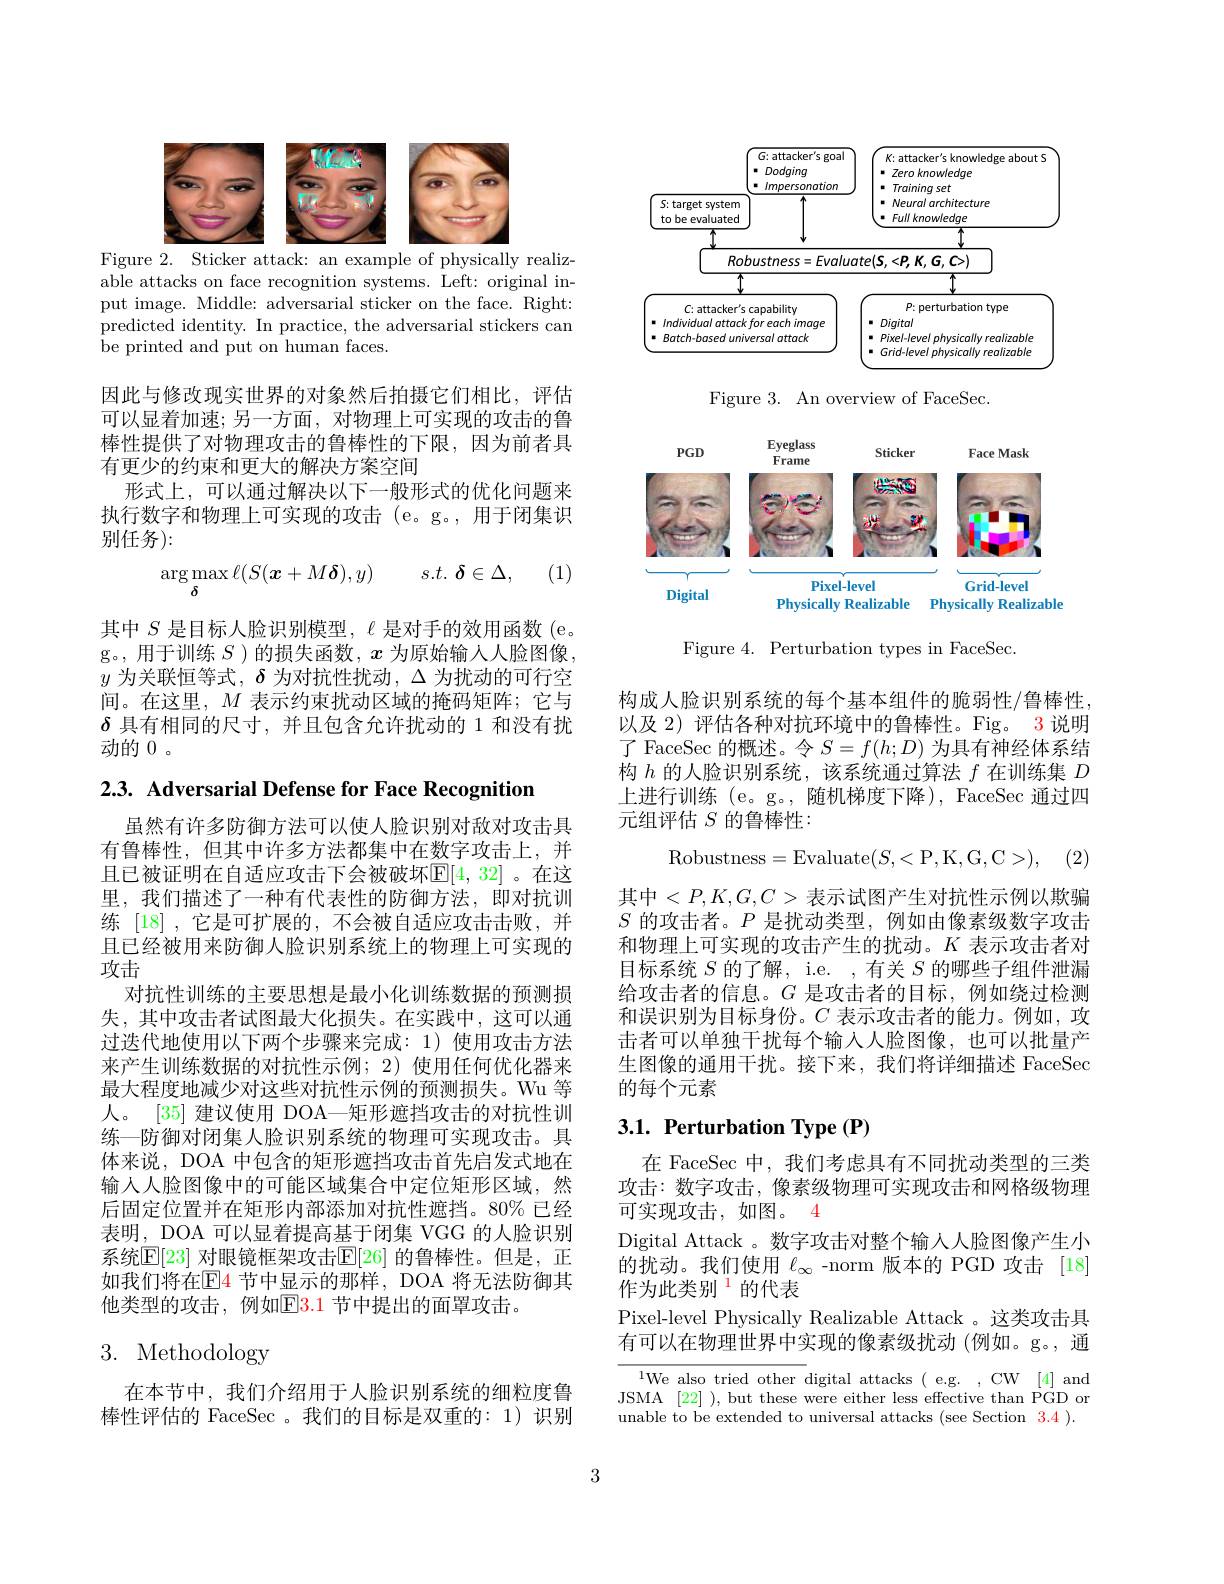
<FigureHere>
Figure 2. Sticker attack: an example of physically realiz-

able attacks on face recognition systems. Left: original input image. Middle: adversarial sticker on the face. Right: predicted identity. In practice, the adversarial stickers can be printed and put on human faces.

因此与修改现实世界的对象然后拍摄它们相比，评估可以显着加速；另一方面，对物理上可实现的攻击的鲁棒性提供了对物理攻击的鲁棒性的下限，因为前者具有更少的约束和更大的解决方案空间
形式上，可以通过解决以下一般形式的优化问题来执行数字和物理上可实现的攻击 (e。g。, 用于闭集识别任务):

(1)
$$\arg\max_{\boldsymbol{\delta}}\ell(S(\boldsymbol{x}+M\boldsymbol{\delta}),y)\quad s.t.\boldsymbol{\delta}\in\Delta,$$
其中$S$是目标人脸识别模型，$\ell$是对手的效用函数(e。g。,用于训练$S$ )的损失函数，$x$为原始输入人脸图像， $y$为关联恒等式，$\delta$为对抗性扰动，$\Delta$为扰动的可行空间。在这里，$M$表示约束扰动区域的掩码矩阵；它与$\delta$具有相同的尺寸，并且包含允许扰动的 1 和没有扰动的0 。

2.3. Adversarial Defense for Face Recognition

虽然有许多防御方法可以使人脸识别对敌对攻击具有鲁棒性，但其中许多方法都集中在数字攻击上，并且已被证明在自适应攻击下会被破坏$\mathbb{E}[4,32]$。在这里，我们描述了一种有代表性的防御方法，即对抗训练 [18] ,它是可扩展的，不会被自适应攻击击败，并且已经被用来防御人脸识别系统上的物理上可实现的攻击
对抗性训练的主要思想是最小化训练数据的预测损失，其中攻击者试图最大化损失。在实践中，这可以通过迭代地使用以下两个步骤来完成：1)使用攻击方法来产生训练数据的对抗性示例；2) 使用任何优化器来最大程度地减少对这些对抗性示例的预测损失。Wu 等人。[35] 建议使用 DOA—矩形遮挡攻击的对抗性训练—防御对闭集人脸识别系统的物理可实现攻击。具体来说，DOA 中包含的矩形遮挡攻击首先启发式地在输人人脸图像中的可能区域集合中定位矩形区域，然后固定位置并在矩形内部添加对抗性遮挡。80% 已经表明，DOA 可以显着提高基于闭集 VGG 的人脸识别系统$\mathbb{E}[23]$ 对眼镜框架攻击$\mathbb{E}[26]$ 的鲁棒性。但是，正如我们将在$\mathbb{E}$4 节中显示的那样，DOA 将无法防御其他类型的攻击，例如$\color{red}{\mathrm{E3.1~}}$节中提出的面罩攻击。

# 3. Methodology

在本节中，我们介绍用于人脸识别系统的细粒度鲁棒性评估的 FaceSec 。我们的目标是双重的：1)识别

<FigureHere>

Figure 3. An overview of FaceSec.

<FigureHere>

Figure 4. Perturbation types in FaceSec.

构成人脸识别系统的每个基本组件的脆弱性/鲁棒性以及 2) 评估各种对抗环境中的鲁棒性。Fig。3 说明了 FaceSec 的概述。令$S=f(h;D)$为具有神经体系结构$h$的人脸识别系统，该系统通过算法$f$在训练集$D$ 上进行训练 (e。g。,随机梯度下降), FaceSec 通过四元组评估$S$的鲁棒性：
$$\mathrm{Robustness}=\mathrm{Evaluate}(S,<\mathrm{P,K,G,C>}),$$
(2)

其中$<P,K,G,C>$表示试图产生对抗性示例以欺骗$S$的攻击者。$P$是扰动类型，例如由像素级数字攻击和物理上可实现的攻击产生的扰动。$K$表示攻击者对目标系统$S$的了解，i.e. ,有关$S$的哪些子组件泄漏给攻击者的信息。$G$是攻击者的目标，例如绕过检测和误识别为目标身份。$C$表示攻击者的能力。例如，攻击者可以单独干扰每个输入人脸图像，也可以批量产生图像的通用干扰。接下来，我们将详细描述 FaceSec 的每个元素

# 3.1. Perturbation Type (P)

在 FaceSec 中，我们考虑具有不同扰动类型的三类攻击：数字攻击，像素级物理可实现攻击和网格级物理可实现攻击，如图。4
Digital Attack 。数字攻击对整个输人人脸图像产生小的扰动。我们使用$\ell_\infty$ -norm 版本的 PGD 攻击 [18] 作为此类别$^{\color{red}{1}}$的代表
Pixel-level Physically Realizable Attack 。这类攻击具有可以在物理世界中实现的像素级扰动(例如。g。,通

$^{1}$We also tried other digital attacks ( e.g. , CW [4] and JSMA [22] ), but these were either less effective than PGD or unable to be extended to universal attacks (see Section 3.4 ).

3